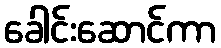
ခေါင်းဆောင်ကာ